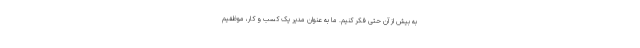
به بیش از آن حتی فکر کنیم. ما به عنوان مدیر یک کسب و کار، موظفیم